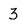
Character: 3